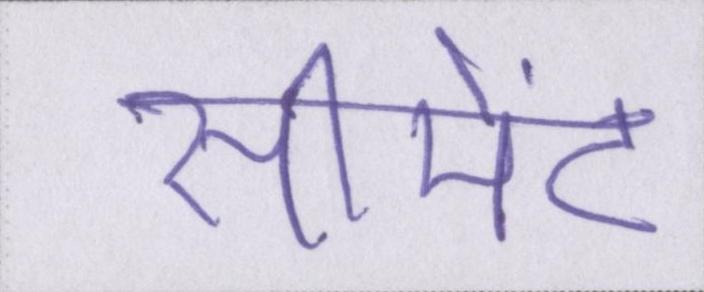
सीमेंट